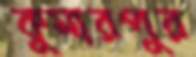
কুমারপুর